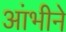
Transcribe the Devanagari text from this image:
आंभीने